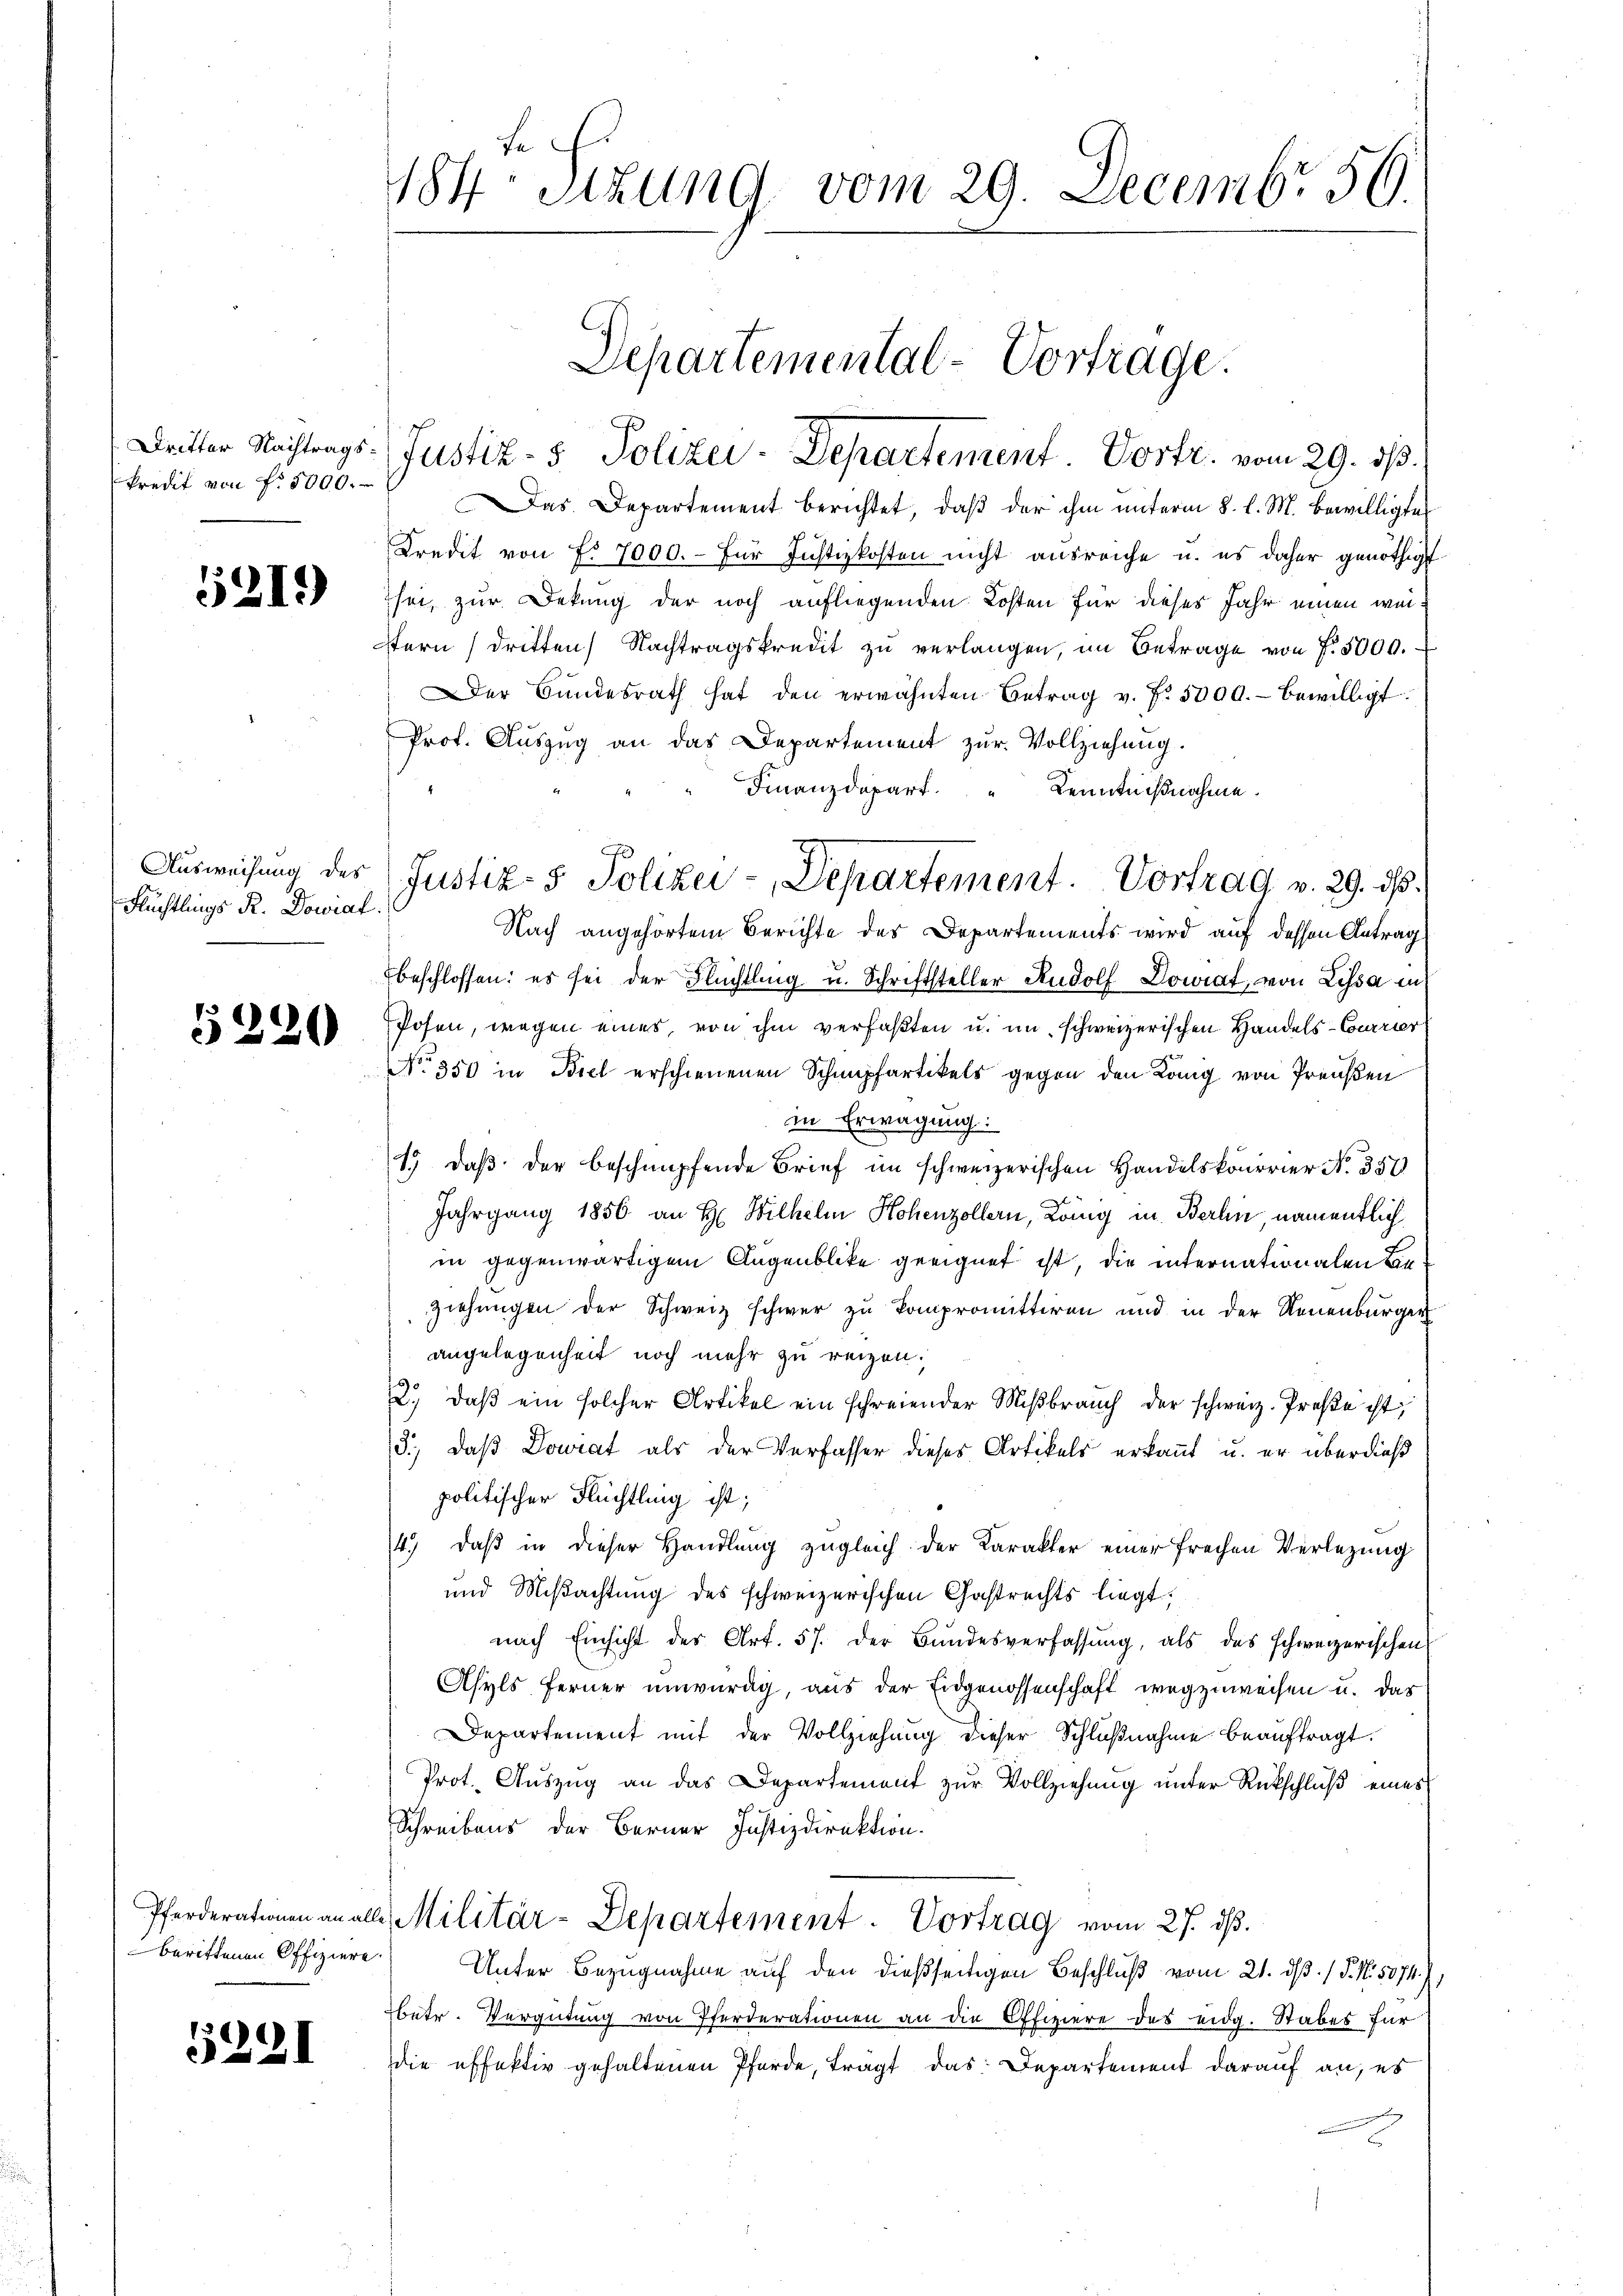
kredit von f. 5000.

5219)

Flüchtlings R. Dowiat.

5220

berittenen Offiziere.

5231

184. Sitzung vom 29. Decembr 59.

Dritter Nachtrags (Justiz- & Polizei-Departement. Vortr. vom 29. ds.
Das Departement berichtet, daß der ihm unterm 8. l. M. bewilligte
Kredit von No 7000.- für Justizkosten nicht ausreiche u. es daher genöthigt
sei, zur Dekung der noch aufliegenden Kosten für dieses Jahr einen wei¬
Stern (dritten Nachtragskredit zu verlangen, im Betrage von f. 5000.
Der Bundesrath hat den erwähnten Betrag v. f. 5000.- bewilligt
Prof. Auszug an das Departement zur Vollziehung.
Finanzdepart. " Kenntnißnahme.
Nach angehörtem Berichte des Departements wird auf dessen Antrag
beschlossen: es sei der Flüchtling u. Schriftsteller Rudolf Dowiat, von Lissa in
Posen, wegen eines, von ihm verfaßten u. im schweizerischen Handels-Currier
No 350 in Biel erschienenen Schnepfartikels gegen den Lang von Preußen
in Erwägung:
1. daβ der beschnupfende Brief im schweizerischen Handelskorrier N. 357
Jahrgang 1856 an H. Wilhelm Hohenzollern, König in Berlin, namentlich
in gegenwärtigem Augenblicke geeignet ist, die internationalen Be¬
Ziehungen der Schweiz schwer zu kompromittiren und in der Neuenburger
angelegenheit noch mehr zu reizen.
2., daβ ein solcher Artikel ein schreiender Miβbraŭch der schweiz. Preße ist,
13.) Daß Dowiat als der Verfasser dieses Artikels erkannt u. er überdieß
politischer Flüchtling ist;
4.) daß in dieser Handlung zugleich der Karakter einer freihen Verlegung
und Mißachtung des schweizerischen Gastrechts liegt,
nach Einsicht der Art. 57. der Bundesverfassung, als das schweizerischen
Asyls ferner unwürdig, aus der Eidgenossenschaft wegzuweisen u. das
Departement mit der Vollziehung dieser Schlußnahme beauftragt.
Prot. Auszug an das Departement zur Vollziehung unter Rückschluß eines
Schreibens der Berner Justizdirektion.
Pferderationen an alle Militär-Departement. Vortrag vom 27. dβ.
Unter Bezugnahme auf den dießseitigen Beschluß vom 21. dβ. / P. Nr. 5074. 7,
betr. Vergütung von Pferderationen an die Offiziere des eidg. Stabes für
die effektiv gehaltenen Pferde, tragt das Departement darauf an, es

Departemental-Vortrage.

Aŭsweisung der Justiz- & Polizei-Departement. Vortrag v. 29. ds.